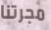
مجرتنا